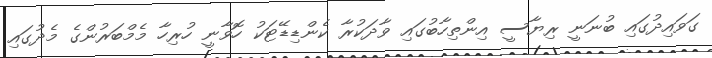
ގަވައިދުގައި ބުނަނީ ރިޔާސީ އިންތިހާބުގައި ވާދަކުރާ ކެންޑިޑޭޓަކު ހޮވާނީ ހުރިހާ މެމްބަރުންގެ މެދުގައި